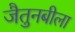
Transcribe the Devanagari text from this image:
जैतुनबीला